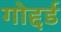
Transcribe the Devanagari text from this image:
गोद्दर्ड